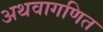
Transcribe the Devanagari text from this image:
अथवागणित